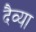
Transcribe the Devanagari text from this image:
दैव्या